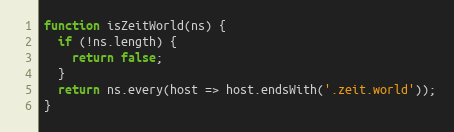
Language: JavaScript
function isZeitWorld(ns) {
  if (!ns.length) {
    return false;
  }
  return ns.every(host => host.endsWith('.zeit.world'));
}